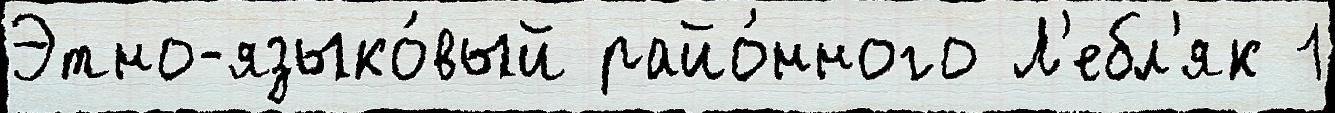
Этно-языко́вый райо́нного Л'ебл'як 1